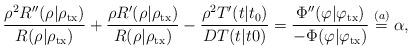
LaTeX: \begin{align*} \frac{\rho^2R''(\rho|\rho_{\rm tx})}{R(\rho|\rho_{\rm tx})}+\frac{\rho R'(\rho|\rho_{\rm tx})}{R(\rho|\rho_{\rm tx})}-\frac{\rho^2 T'(t|t_0)}{DT(t|t0)}=\frac{\Phi''(\varphi|\varphi_{\rm tx})}{-\Phi(\varphi|\varphi_{\rm tx})}\overset{(a)}{=}\alpha,\end{align*}